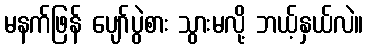
မနက်ဖြန် ပျော်ပွဲစား သွားမလို့ ဘယ့်နှယ်လဲ။